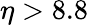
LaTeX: \eta>8.8